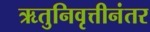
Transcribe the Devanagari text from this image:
ऋतुनिवृत्तीनंतर